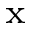
_ \mathrm { x }